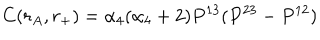
C ( r _ { A } , r _ { + } ) = \alpha _ { 4 } ( \alpha _ { 4 } + 2 ) P ^ { 1 3 } ( P ^ { 2 3 } - P ^ { 1 2 } )